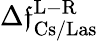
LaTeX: \Delta\mathfrak{f}_{\mathrm{{Cs/Las}}}^{\mathrm{{L-R}}}